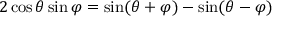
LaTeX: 2 \cos \theta \sin \varphi = { \sin ( \theta + \varphi ) - \sin ( \theta - \varphi ) }